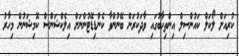
ކުރިއަށް ލޯކަލް ކައުންސިލް އިންތިހާބުގައި ވާދަކުރަން ބޭނުންވާ ކެންޑިޑޭޓުންނަށް އިލެކްޝަންސް ކޮމިޝަނުން މިހާރު